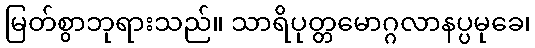
မြတ်စွာဘုရားသည်။ သာရိပုတ္တမောဂ္ဂလာနပ္ပမုခေ၊